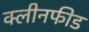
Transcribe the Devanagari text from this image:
क्लीनफीड